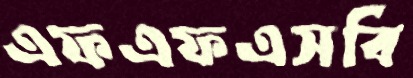
এফএফএসবি